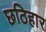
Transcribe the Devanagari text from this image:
छठिहार